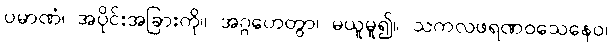
ပမာဏံ၊ အပိုင်းအခြားကို။ အဂ္ဂဟေတွာ၊ မယူမူ၍။ သကလဖရဏဝသေနေဝ၊